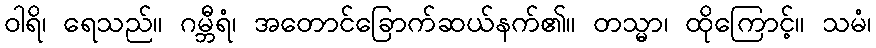
ဝါရိ၊ ရေသည်။ ဂမ္ဘီရံ၊ အတောင်ခြောက်ဆယ်နက်၏။ တသ္မာ၊ ထိုကြောင့်။ သမံ၊